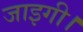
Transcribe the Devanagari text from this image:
जाइगी।